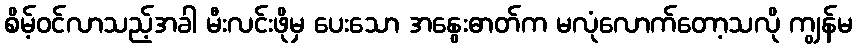
စိမ့်ဝင်လာသည့်အခါ မီးလင်းဖိုမှ ပေးသော အနွေးဓာတ်က မလုံလောက်တော့သလို ကျွန်မ